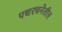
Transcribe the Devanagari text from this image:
पद्यरचनेतील